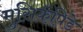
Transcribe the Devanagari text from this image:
मुसिकॅपिडे